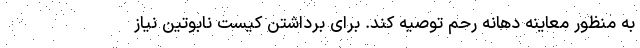
به منظور معاینه دهانه رحم توصیه کند. برای برداشتن کیست نابوتین نیاز